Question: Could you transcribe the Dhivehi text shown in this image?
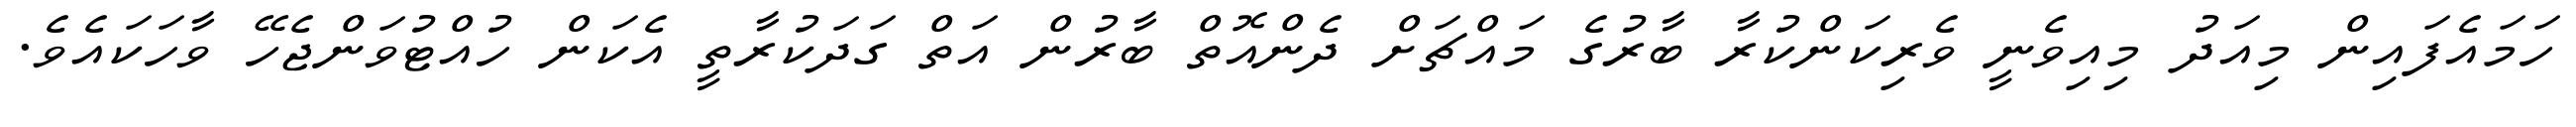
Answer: ހަމައެފައިން މިއަދު މިއިވެނީ ވެރިކަންކުރާ ބާރުގެ މައްޗަށް ދެންއޮތް ބާރުން އަތް ގަދަކުރާތީ އެކަން ހުއްޓުވަންޖެހޭ ވާހަކައެވެ.